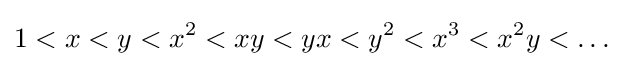
1<x<y<x^{2}<xy<yx<y^{2}<x^{3}<x^{2}y<\dots